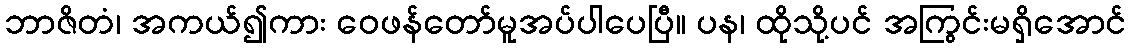
ဘာဇိတံ၊ အကယ်၍ကား ဝေဖန်တော်မူအပ်ပါပေပြီ။ ပန၊ ထိုသို့ပင် အကြွင်းမရှိအောင်